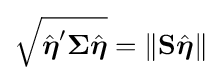
{\sqrt {{\hat {\boldsymbol {\eta }}}'\mathbf {\Sigma } {\hat {\boldsymbol {\eta }}}}}=\lVert \mathbf {S} {\hat {\boldsymbol {\eta }}}\rVert